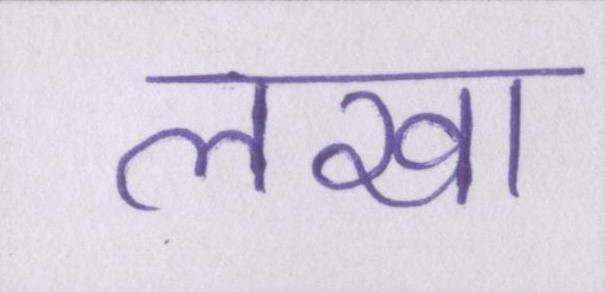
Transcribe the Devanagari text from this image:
लखा